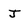
Character: J